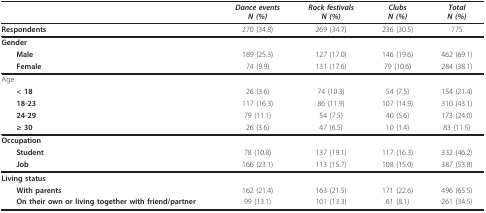
<table><thead><tr><td></td><td><b><i>Dance events</i><i>N (%)</i></b></td><td><b><i>Rock festivals</i><i>N (%)</i></b></td><td><b><i>Clubs</i><i>N (%)</i></b></td><td><b><i>Total</i><i>N (%)</i></b></td></tr></thead><tbody><tr><td><b>Respondents</b></td><td>270 (34.8)</td><td>269 (34.7)</td><td>236 (30.5)</td><td>775</td></tr><tr><td><b>Gender</b></td><td></td><td></td><td></td><td></td></tr><tr><td> <b>Male</b></td><td>189 (25.3)</td><td>127 (17.0)</td><td>146 (19.6)</td><td>462 (69.1)</td></tr><tr><td> <b>Female</b></td><td>74 (9.9)</td><td>131 (17.6)</td><td>79 (10.6)</td><td>284 (38.1)</td></tr><tr><td>Age</td><td></td><td></td><td></td><td></td></tr><tr><td> <b>&lt; 18</b></td><td>26 (3.6)</td><td>74 (10.3)</td><td>54 (7.5)</td><td>154 (21.4)</td></tr><tr><td> <b>18-23</b></td><td>117 (16.3)</td><td>86 (11.9)</td><td>107 (14.9)</td><td>310 (43.1)</td></tr><tr><td> <b>24-29</b></td><td>79 (11.1)</td><td>54 (7.5)</td><td>40 (5.6)</td><td>173 (24.0)</td></tr><tr><td> <b>≥ 30</b></td><td>26 (3.6)</td><td>47 (6.5)</td><td>10 (1.4)</td><td>83 (11.5)</td></tr><tr><td><b>Occupation</b></td><td></td><td></td><td></td><td></td></tr><tr><td> <b>Student</b></td><td>78 (10.8)</td><td>137 (19.1)</td><td>117 (16.3)</td><td>332 (46.2)</td></tr><tr><td> <b>Job</b></td><td>166 (23.1)</td><td>113 (15.7)</td><td>108 (15.0)</td><td>387 (53.8)</td></tr><tr><td><b>Living status</b></td><td></td><td></td><td></td><td></td></tr><tr><td> <b>With parents</b></td><td>162 (21.4)</td><td>163 (21.5)</td><td>171 (22.6)</td><td>496 (65.5)</td></tr><tr><td> <b>On their own or living together with friend/partner</b></td><td>99 (13.1)</td><td>101 (13.3)</td><td>61 (8.1)</td><td>261 (34.5)</td></tr></tbody></table>